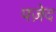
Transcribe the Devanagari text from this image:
पज़ेद